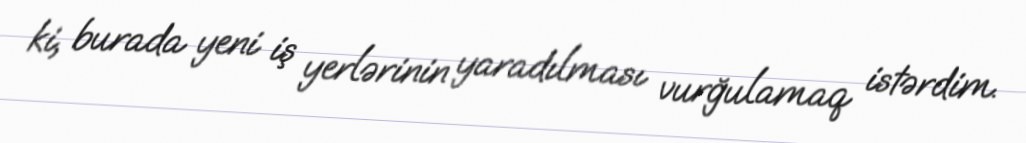
ki, burada yeni iş yerlərinin yaradılması vurğulamaq istərdim.